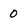
Character: 0